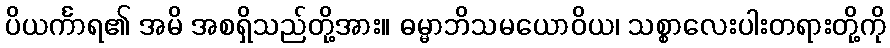
ပိယင်္ကာရ၏ အမိ အစရှိသည်တို့အား။ ဓမ္မာဘိသမယောဝိယ၊ သစ္စာလေးပါးတရားတို့ကို